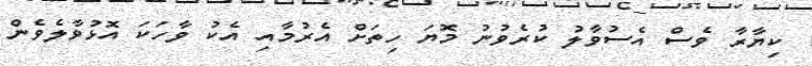
ކިޔާރާ ވެސް އެސުވާލު ކުރެވުނު މޮޔަ ހިތަށް އެރުމާއި އެކު ވާހަކަ އޮޅުވާލެވެން